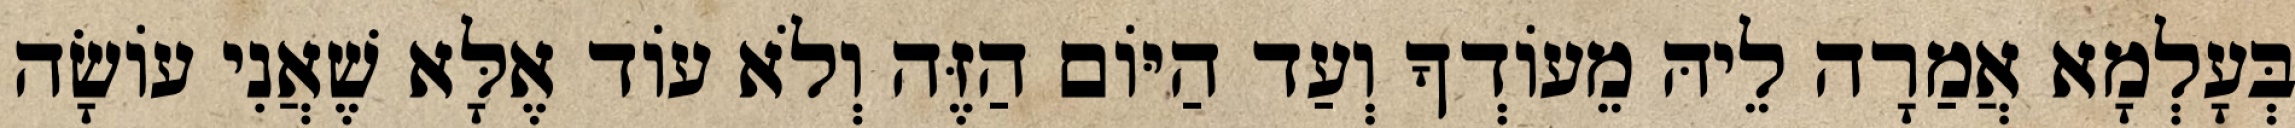
בְּעָלְמָא אֲמַרָה לֵיהּ מֵעוֹדְךָ וְעַד הַיּוֹם הַזֶּה וְלֹא עוֹד אֶלָּא שֶׁאֲנִי עוֹשָׂה